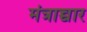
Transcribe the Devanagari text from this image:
मंत्राच्चार